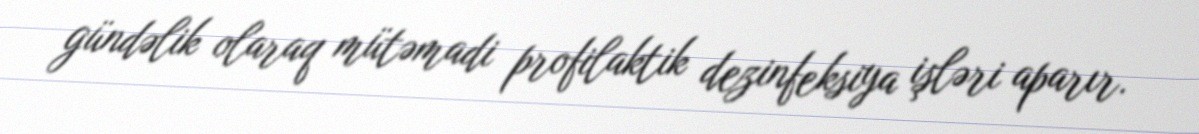
gündəlik olaraq mütəmadi profilaktik dezinfeksiya işləri aparır.